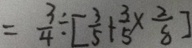
= \frac { 3 } { 4 } \div [ \frac { 3 } { 5 } + \frac { 3 } { 5 } \times \frac { 2 } { 8 } ]